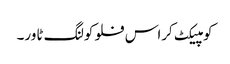
کومپیکٹ کراس فلو کولنگ ٹاور۔